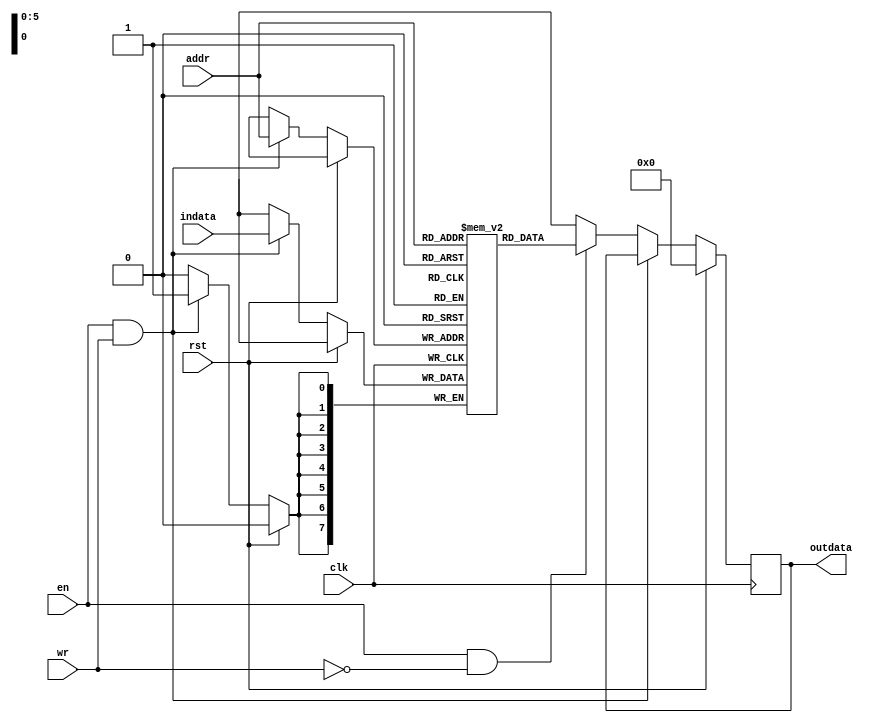
`timescale 1ns / 1ps
//////////////////////////////////////////////////////////////////////////////////
// Company: 
// Design Name: SINGLE_PORT_RAM_OF_64_BIT_DEPTH  
// Module Name: s_port_ram
// Project Name: 
// Target Devices: 
// Tool Versions: 
// Description: 
// Dependencies: 
// Revision:
// Revision 0.01 - File Created
// Additional Comments:
// 
//////////////////////////////////////////////////////////////////////////////////



module s_port_ram(
clk,rst,en,wr,addr,indata,outdata
    );
input clk,rst,en,wr;
input [7:0]indata;
output reg [7:0]outdata;
input [5:0]addr;

reg [7:0]mem[63:0]; //creates 64 bit memories

always @(posedge clk)
begin
if(rst)
begin outdata<=8'b0; end

else //if reset=0 i should write and read from memory based on en and wr signal

begin
if(en==1 && wr==1) //perform write operation
        begin
        mem[addr]<=indata;
        end
else if(en==1 && wr==0)
        begin
        outdata<=mem[addr]; 
        end
        
else begin
outdata<=8'bxxxxxxxx;
 end
 
end
end
endmodule